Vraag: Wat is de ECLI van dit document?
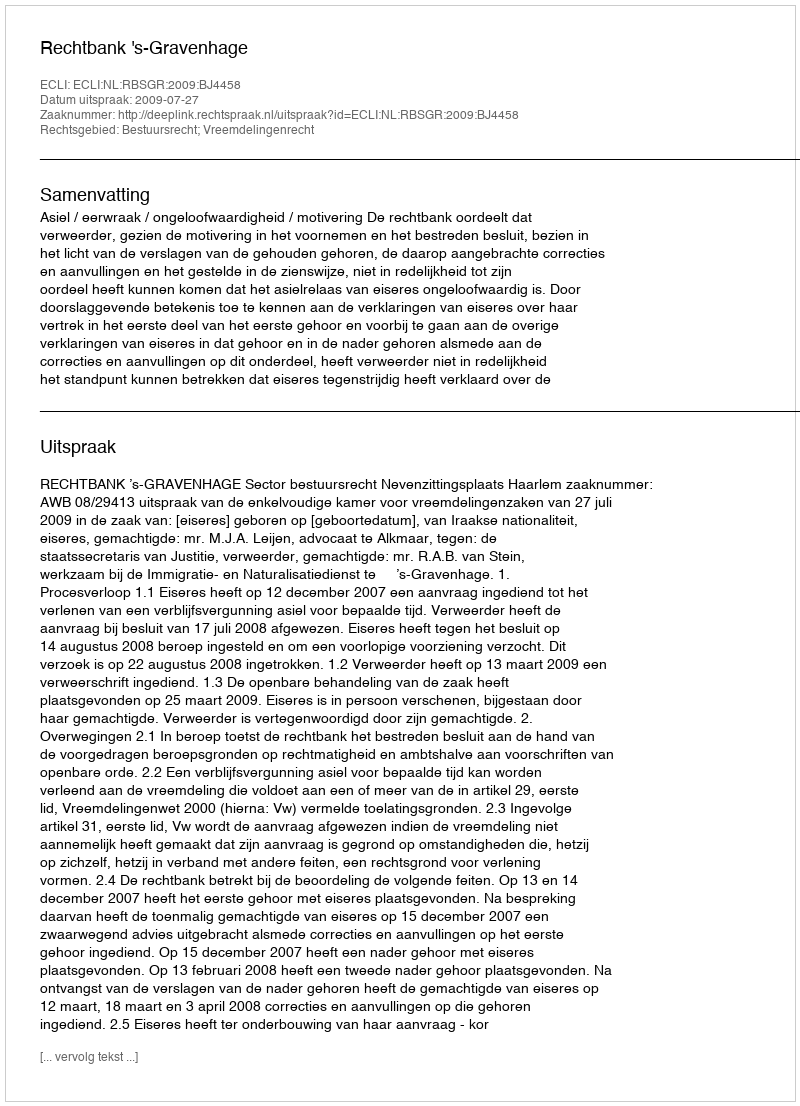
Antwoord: ECLI:NL:RBSGR:2009:BJ4458